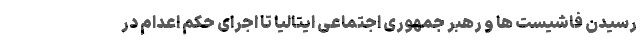
رسیدن فاشیست ها و رهبر جمهوری اجتماعی ایتالیا تا اجرای حکم اعدام در